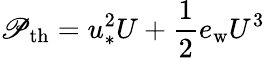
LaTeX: \mathscr{P}_{\mathrm{{th}}}=u_{*}^{2}U+\frac{{1}}{{2}}e_{\mathrm{{w}}}U^{3}